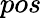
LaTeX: pos